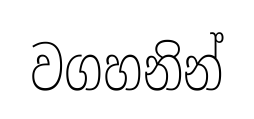
වගහනින්